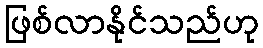
ဖြစ်လာနိုင်သည်ဟု